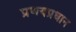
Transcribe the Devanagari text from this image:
प्रणयप्रधान